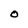
Character: O